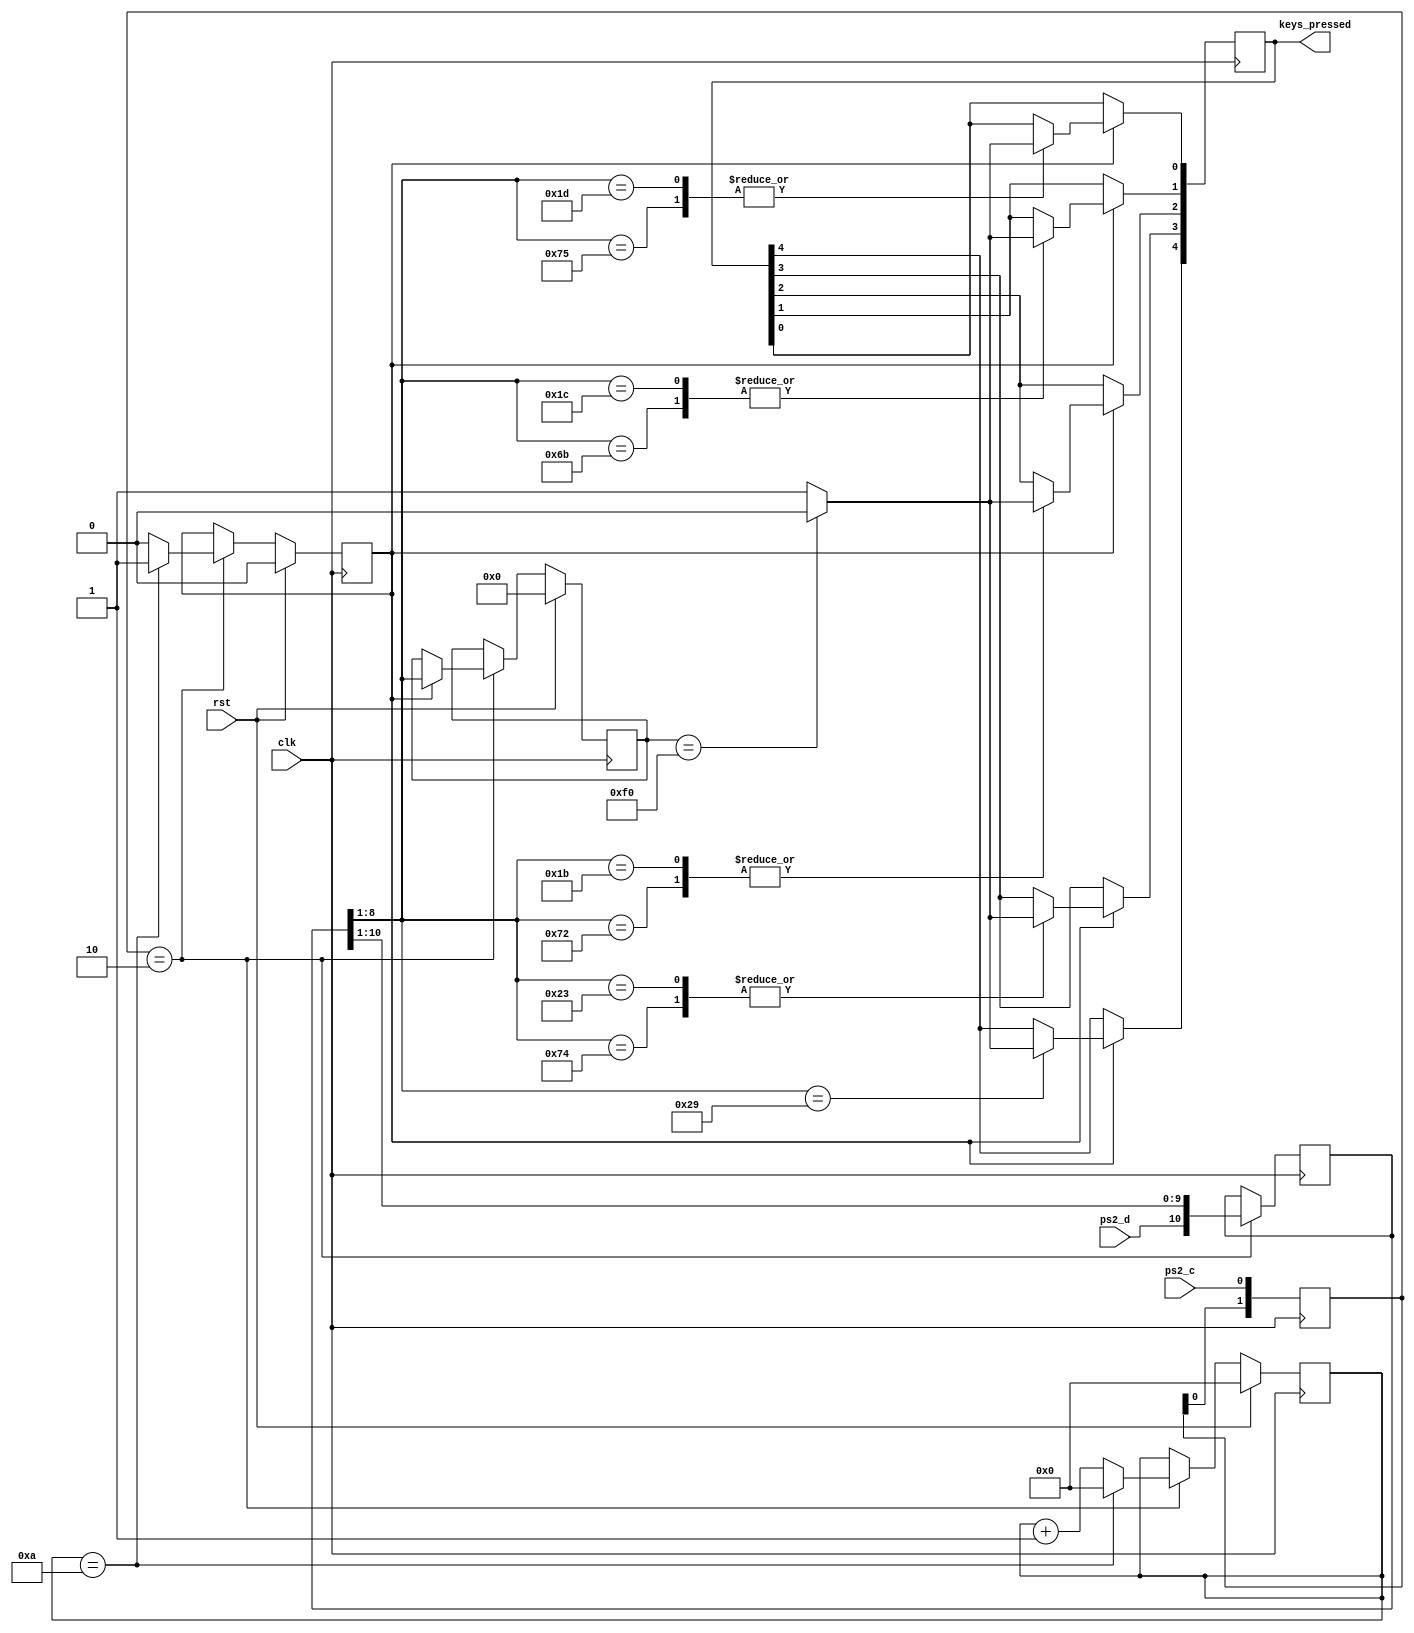
module keyboard(
   input  clk,
   input  rst,
   
   input  ps2_c,
   input  ps2_d,
   
   output reg [4:0] keys_pressed
);

// PS2 clock falling edge detection
reg [1:0] ps2c_dl;
always @ (posedge clk)
begin
	ps2c_dl <= {ps2c_dl[0], ps2_c};
end

wire smpl_en;
assign smpl_en = (ps2c_dl == 2'b10);

// Bit counter (start bit, 8 data bits, parity bit, stop bit)
reg [3:0] bit_cntr;
always @ (posedge clk)
begin
   if (rst)
      bit_cntr <= 0;
   else if (smpl_en)
   begin
      if (bit_cntr==4'd10)
         bit_cntr <= 4'b0;
      else
         bit_cntr <= bit_cntr + 1'b1;
   end
end

// Data is valid in the shr
reg data_valid;
always @ (posedge clk)
begin
   if(rst)
      data_valid <= 1'b0;
   else if(smpl_en)
	begin
		if(bit_cntr == 4'd10)
			data_valid <= 1'b1;
		else
			data_valid <= 1'b0;
	end
end

// Data shift register
reg [10:0] data_shr;
always @ (posedge clk)
begin
   if(smpl_en)
      data_shr <= {ps2_d, data_shr[10:1]};
end

// Store the last valid byte
reg [7:0] data_last;
always @ (posedge clk)
begin
   if(rst)
      data_last <= 8'b0;
   else if(smpl_en)
   begin
      if (data_valid)
      begin
         data_last <= data_shr[8:1];
      end
   end
end

// Scand code interpretation
always @ ( posedge clk )
begin
	if (data_valid)
	begin
   case (data_shr[8:1])
      8'h75: keys_pressed[0] <= (data_last[7:0] == 8'hF0) ? 1'b0 : 1'b1;  // UP    and keypad 8
      8'h6B: keys_pressed[1] <= (data_last[7:0] == 8'hF0) ? 1'b0 : 1'b1;  // LEFT  and keypad 4
      8'h72: keys_pressed[2] <= (data_last[7:0] == 8'hF0) ? 1'b0 : 1'b1;  // DOWN  and keypad 2
      8'h74: keys_pressed[3] <= (data_last[7:0] == 8'hF0) ? 1'b0 : 1'b1;  // RIGHT and keypad 6

		8'h1D: keys_pressed[0] <= (data_last[7:0] == 8'hF0) ? 1'b0 : 1'b1;  // W
		8'h1C: keys_pressed[1] <= (data_last[7:0] == 8'hF0) ? 1'b0 : 1'b1;  // A
		8'h1B: keys_pressed[2] <= (data_last[7:0] == 8'hF0) ? 1'b0 : 1'b1;  // S
		8'h23: keys_pressed[3] <= (data_last[7:0] == 8'hF0) ? 1'b0 : 1'b1;  // D
		
		8'h29: keys_pressed[4] <= (data_last[7:0] == 8'hF0) ? 1'b0 : 1'b1;  // SPACE
		default: ;
   endcase
	end
end

endmodule